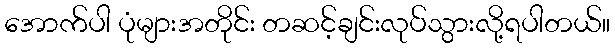
အောက်ပါ ပုံများအတိုင်း တဆင့်ချင်းလုပ်သွားလို့ရပါတယ်။